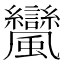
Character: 𩙟